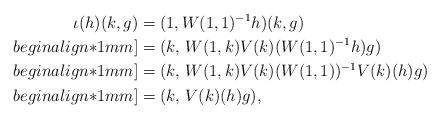
LaTeX: \begin{align*}\iota(h) (k, g) & = (1, W(1, 1)^{-1} h)(k, g)\\begin{align*}1mm]& = (k,\, W(1, k) V(k)(W(1, 1)^{-1} h) g)\\begin{align*}1mm]& = (k,\, W(1, k) V(k)(W(1, 1))^{-1} V(k)(h) g)\\begin{align*}1mm]& = (k,\, V(k)(h) g),\end{align*}